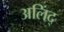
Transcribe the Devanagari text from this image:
अलिंद्